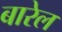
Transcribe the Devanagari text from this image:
बारेल